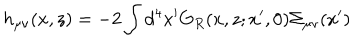
LaTeX: h _ { \mu \nu } ( x , z ) = - 2 \int d ^ { 4 } x ^ { \prime } G _ { R } ( x , z ; x ^ { \prime } , 0 ) \Sigma _ { \mu \nu } ( x ^ { \prime } )